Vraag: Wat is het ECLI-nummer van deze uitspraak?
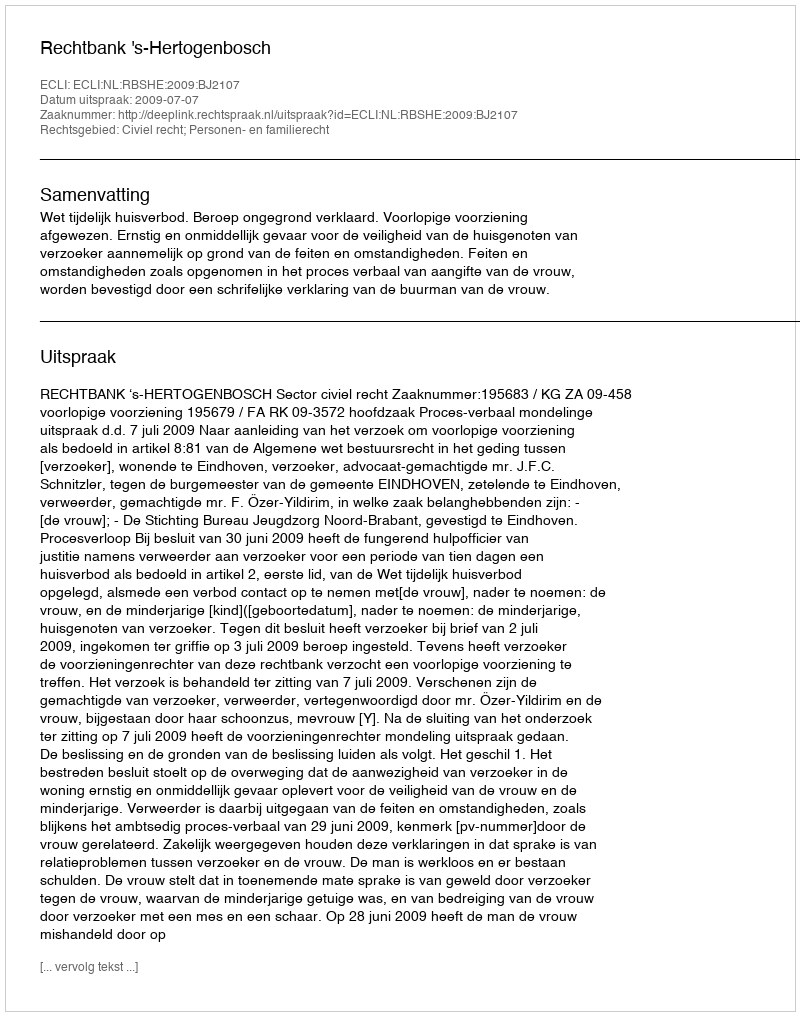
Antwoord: ECLI:NL:RBSHE:2009:BJ2107